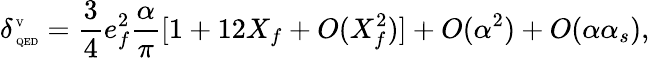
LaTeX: \delta_{\mathrm{\tiny~QED}}^{\mathrm{\tiny~V}}=\frac{3}{4}e_{f}^{2}\frac{\alpha}{\pi}[1+12X_{f}+O(X_{f}^{2})]+O(\alpha^{2})+O(\alpha\alpha_{s}),